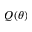
Q ( \theta )